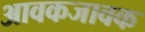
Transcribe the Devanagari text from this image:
आवकजावक